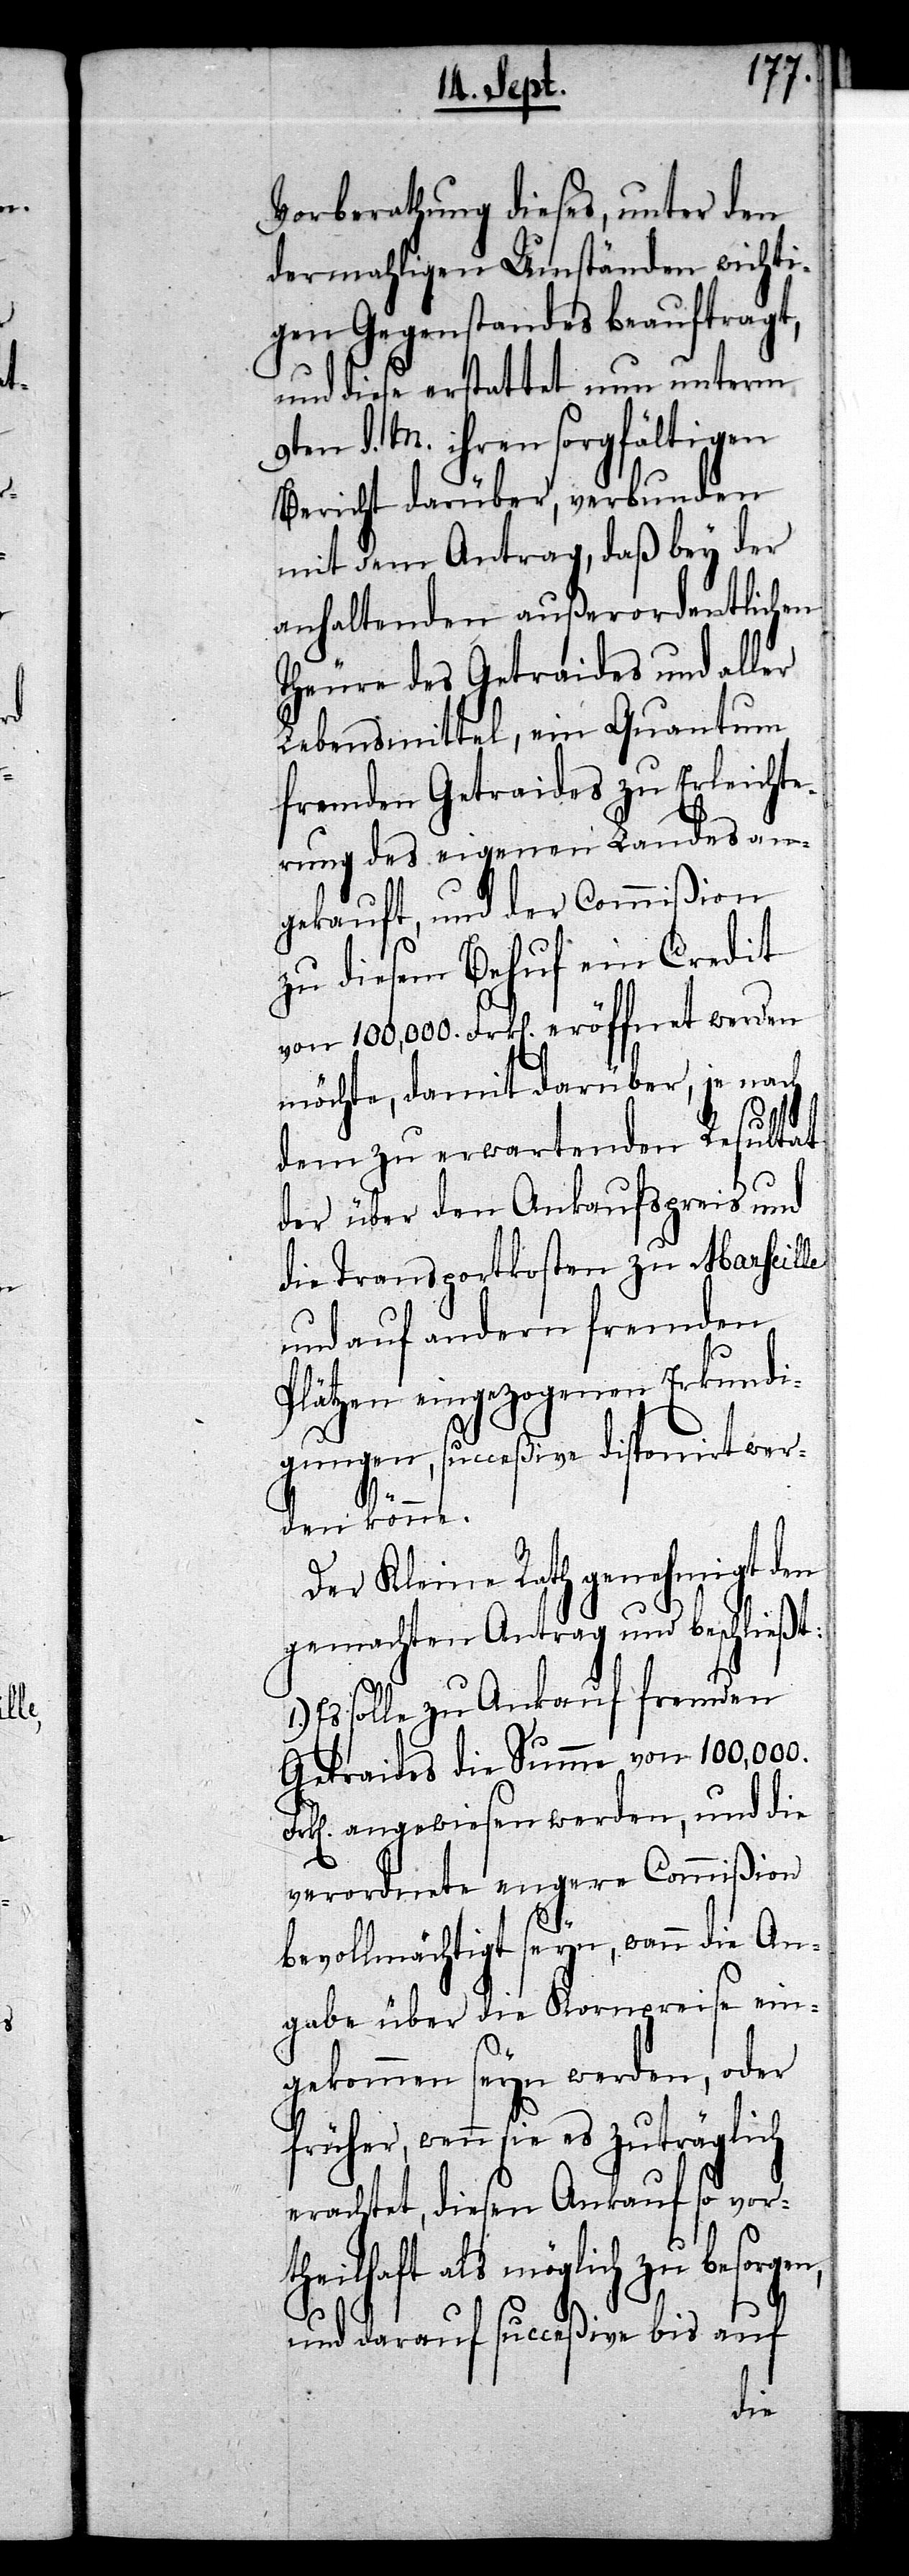
Vorberathung dieses, unter den
dermahligen Umständen wichti¬
gen Gegenstandes beauftragt,
und diese erstattet nun unterm
9ten d. M. ihren sorgfältigen
Bericht darüber, verbunden
mit dem Antrag, daß bey der
anhaltenden außerordentlichen
Theure des Getraides und aller
Lebensmittel, ein Quantum
fremden Getraides zu Erleichte¬
rung des eigenen Landes an¬
gekauft, und der Commißion
zu diesem Behuf ein Credit
möchte, damit darüber, je nach
werden
dem zu erwartenden Resultat
der über den Ankaufspreis und
die Transportkosten zu Marseille
Plätzen eingezogenen Erkundi¬
gungen, succeßive disponirt wer¬
den könne.
Der Kleine Rath genehmigt den
gemachten Antrag und beschließt:
Es solle zu Ankauf fremden
Getraides die Summe von 100,000.
angewiesen werden, und die
verordnete engere Commißion
bevollmächtigt seyn, wenn die An¬
gabe über die Kornpreise ein¬
gekommen seyn werden, oder
früher, wenn sie es zuträglich
erachtet, diesen Ankauf so vor¬
theilhaft als möglich zu besorgen,
und darauf succeßive bis auf